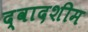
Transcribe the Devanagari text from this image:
द्वादशीम